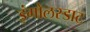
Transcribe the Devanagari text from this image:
इंगोलस्डाट